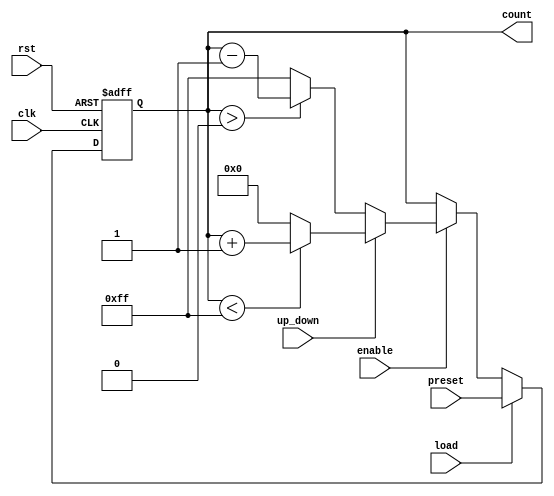
module SynchronousLoadCounter (
    input wire clk,          // Clock signal
    input wire rst,          // Reset signal (active-high)
    input wire load,         // Load signal (active-high)
    input wire [7:0] preset, // Preset value (8-bit)
    input wire enable,       // Count enable signal
    input wire up_down,      // Count direction (1 for up, 0 for down)
    output reg [7:0] count   // Counter value (8-bit)
);

    // Define the maximum and minimum values for the counter
    parameter MAX_COUNT = 8'hFF; // Maximum value for an 8-bit counter
    parameter MIN_COUNT = 8'h00; // Minimum value for an 8-bit counter

    always @(posedge clk or posedge rst) begin
        if (rst) begin
            // Reset the counter to zero
            count <= MIN_COUNT;
        end else if (load) begin
            // Load the preset value into the counter
            count <= preset;
        end else if (enable) begin
            // Count up or down based on the up_down signal
            if (up_down) begin
                // Increment the counter with wrap-around
                if (count < MAX_COUNT) begin
                    count <= count + 1;
                end else begin
                    count <= MIN_COUNT; // Wrap around to zero
                end
            end else begin
                // Decrement the counter with wrap-around
                if (count > MIN_COUNT) begin
                    count <= count - 1;
                end else begin
                    count <= MAX_COUNT; // Wrap around to max value
                end
            end
        end
    end

endmodule